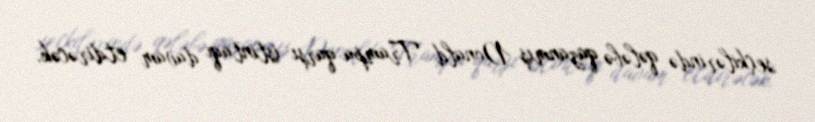
seçkilərində qələbə qazanmış Donald Trampa qarşı istintaqı davam etdirəcək.